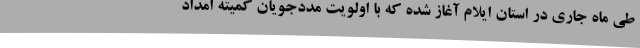
طی ماه جاری در استان ایلام آغاز شده که با اولویت مددجویان کمیته امداد